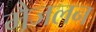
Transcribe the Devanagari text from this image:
मैजलन